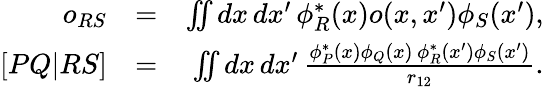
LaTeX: \begin{array}{rlr}{o_{RS}}&{=}&{\iint dx\, dx^{\prime}\, \phi_{R}^{*}(x)o(x,x^{\prime})\phi_{S}(x^{\prime}),}\\ {\left[PQ|RS\right]}&{=}&{\iint dx\, dx^{\prime}\, \frac{\phi_{P}^{*}(x)\phi_{Q}(x)\, \phi_{R}^{*}(x^{\prime})\phi_{S}(x^{\prime})}{r_{12}}.}\end{array}